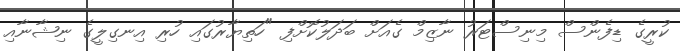
ކުރީގެ ޑިފެންސް މިނިސްޓަރު ނާޒިމް ގެއަށް ބަދަލުކޮށްފި "ހަތިޔާރުގައި ހުރި އިނގިލީގެ ނިޝާނާއި